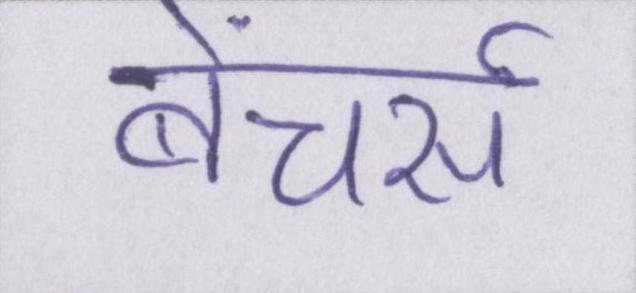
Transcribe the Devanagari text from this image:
बेंचर्स